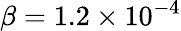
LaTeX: \beta=1.2\times 10^{-4}